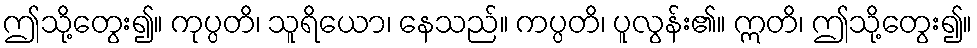
ဤသို့တွေး၍။ ကုပ္ပတိ၊ သူရိယော၊ နေသည်။ ကပ္ပတိ၊ ပူလွန်း၏။ ဣတိ၊ ဤသို့တွေး၍။